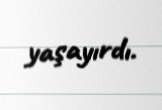
yaşayırdı.